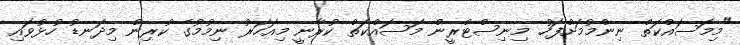
"މިމަސައްކަތް ނިންމުމަށްފަހު މިނިސްޓްރީން މަސައްކަތް ކުރާނީ މިއަހަރު ނިމުމުގެ ކުރިން މިދަނޑު ހުޅުވައި